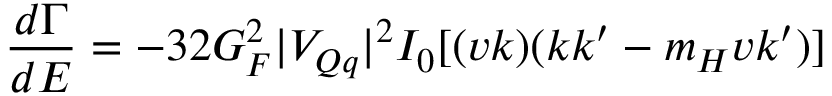
\frac { d \Gamma } { d E } = - 3 2 G _ { F } ^ { 2 } | V _ { Q q } | ^ { 2 } I _ { 0 } [ ( v k ) ( k k ^ { \prime } - m _ { H } v k ^ { \prime } ) ]